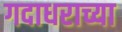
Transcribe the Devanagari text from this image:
गदाधराच्या